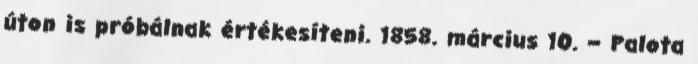
úton is próbálnak értékesíteni. 1858. március 10. – Palota